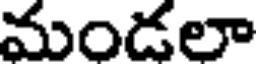
మండలా